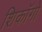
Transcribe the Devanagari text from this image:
शिकॉगो